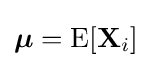
{\textstyle {\boldsymbol {\mu }}=\operatorname {E} [\mathbf {X} _{i}]}